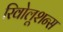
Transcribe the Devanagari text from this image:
रिवोलूशन्स